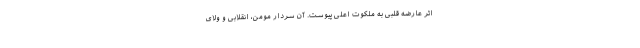
اثر عارضه قلبی به ملکوت اعلی پیوست. آن سردار مومن، انقلابی و ولای